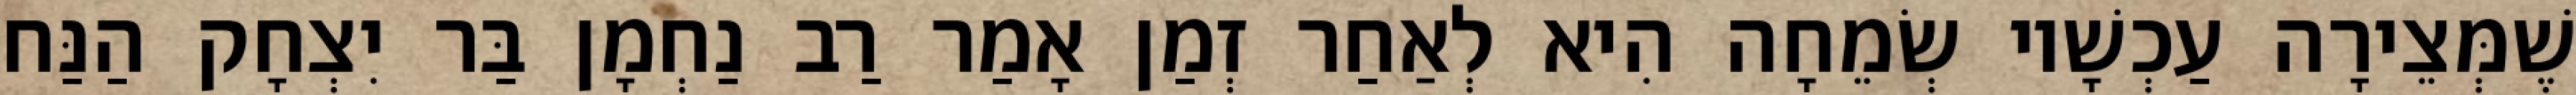
שֶׁמְּצֵירָה עַכְשָׁיו שְׂמֵחָה הִיא לְאַחַר זְמַן אָמַר רַב נַחְמָן בַּר יִצְחָק הַנַּח